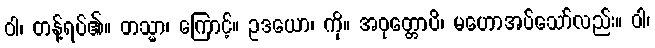
ဝါ၊ တန့်ရပ်၏။ တသ္မာ၊ ကြောင့်။ ဥဒယော၊ ကို။ အဝုတ္တောပိ၊ မဟောအပ်သော်လည်း။ ဝါ၊